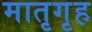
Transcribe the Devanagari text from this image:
मातृगृह